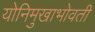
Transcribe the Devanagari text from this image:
योनिमुखाभोवती